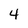
Character: 4